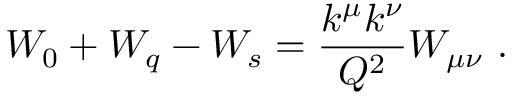
W _ { 0 } + W _ { q } - W _ { s } = { \frac { k ^ { \mu } k ^ { \nu } } { Q ^ { 2 } } } W _ { \mu \nu } \ .